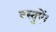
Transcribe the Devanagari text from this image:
वस्तुऐं।